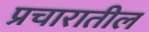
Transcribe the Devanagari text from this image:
प्रचारातील